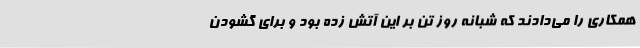
همکاری را می‌دادند که شبانه روز تن بر این آتش زده بود و برای گشودن